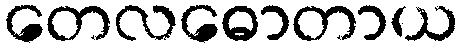
တေလဓောတာယ